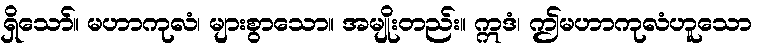
ရှိသော်။ မဟာကုလံ၊ များစွာသော။ အမျိုးတည်း။ ဣဒံ၊ ဤမဟာကုလံဟူသော